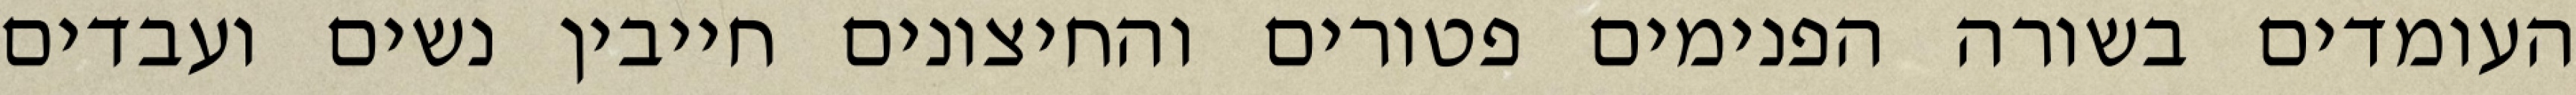
העומדים בשורה הפנימים פטורים והחיצונים חייבין נשים ועבדים